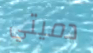
دميتي